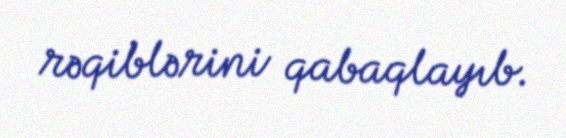
rəqiblərini qabaqlayıb.